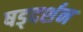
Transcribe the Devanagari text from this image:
षड्‌दर्शन